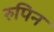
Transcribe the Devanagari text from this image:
रुपिन